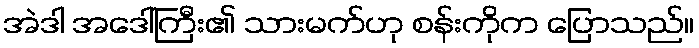
အဲဒါ အဒေါ်ကြီး၏ သားမက်ဟု စန်းကိုက ပြောသည်။